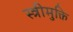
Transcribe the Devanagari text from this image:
स्त्रीमुक्ति